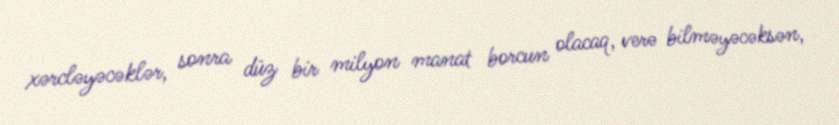
xərcləyəcəklər, sonra düz bir milyon manat borcun olacaq, verə bilməyəcəksən,